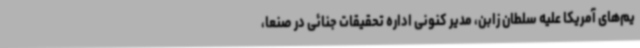
یم‌های آمریکا علیه سلطان زابن، مدیر کنونی اداره تحقیقات جنائی در صنعا،